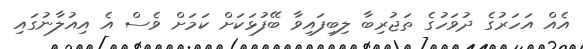
އެއް އަހަރުގެ ދުވަހުގެ ތަޖުރިބާ ލިބިފައިވާ ބޭފުޅަކަށް ކަމަށް ވެސް އެ އިއުލާނުގައި